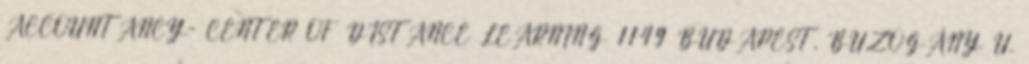
ACCOUNTANCY- CENTER OF DISTANCE LEARNING 1149 BUDAPEST, BUZOGÁNY U.